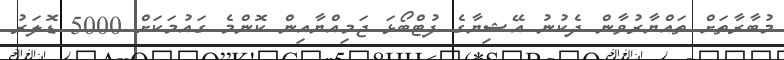
މުބާރާތަށް ތައްޔާރުވާން ދެކުނު އޭޝިޔާގެ ފުޓްބޯޅަ ޖަމިއްޔާއިން ކޮންމެ ގައުމަކަށް 5000 ޑޮލަރު